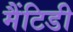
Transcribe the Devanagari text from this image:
मैंटिडी